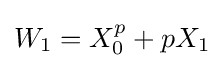
W_{1}=X_{0}^{p}+pX_{1}